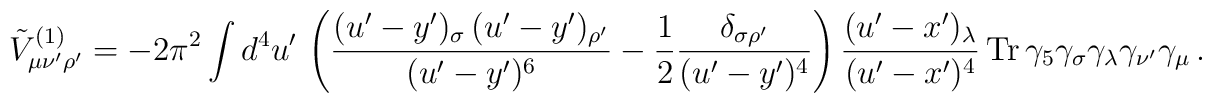
\tilde{V}_{\mu\nu'\rho'}^{(1)}=-2\pi^2\int d^4u'\,\left(\frac{(u'-y')_\sigma\,(u'-y')_{\rho'}}{(u'-y')^6}-\frac{1}{2}\frac{\delta_{\sigma\rho'}}{(u'-y')^4}\right)\frac{(u'-x')_\lambda}{(u'-x')^4}\,{\rm Tr}\,\gamma_5\gamma_\sigma\gamma_\lambda\gamma_{\nu'}\gamma_\mu \, .